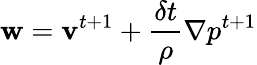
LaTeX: \mathbf{w}=\mathbf{v}^{t+1}+\frac{\delta t}{\rho}\nabla p^{t+1}